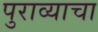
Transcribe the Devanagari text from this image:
पुराव्याचा